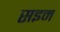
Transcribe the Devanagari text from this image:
सइम